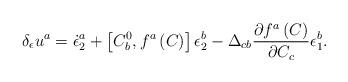
LaTeX: \begin{align*}\delta _\epsilon u^a=\dot \epsilon _2^a+\left[ C_b^0,f^a\left(C\right) \right] \epsilon _2^b-\Delta _{cb}\frac{\partial f^a\left( C\right)}{\partial C_c}\epsilon _1^b.\end{align*}